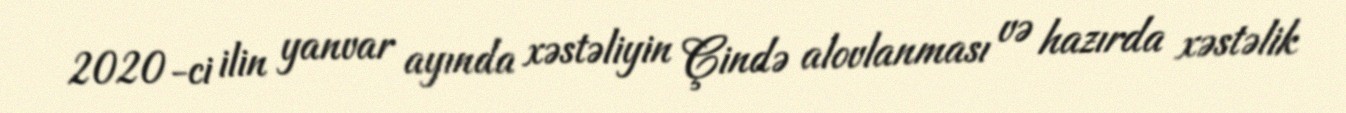
2020-ci ilin yanvar ayında xəstəliyin Çində alovlanması və hazırda xəstəlik